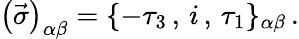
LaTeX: \left(\vec{\sigma}\right)_{\alpha\beta}=\{ -\tau_{3}\, ,\, i\, ,\, \tau_{1}\} _{\alpha\beta}\, .